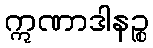
ဣဏာဒါနဉ္စ